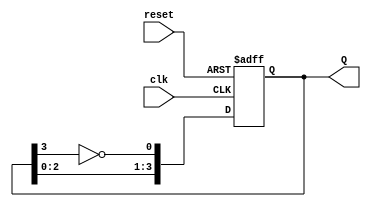
module johnson_counter(
    input wire clk,      // Clock input
    input wire reset,    // Asynchronous reset
    output reg [3:0] Q   // 4-bit output
);

    // Johnson counter logic
    always @(posedge clk or posedge reset) begin
        if (reset) begin
            Q <= 4'b0000; // Reset counter to 0000
        end else begin
            Q[0] <= ~Q[3]; // Invert the last flip-flop output for the first flip-flop input
            Q[1] <= Q[0];   // Shift the output of the first flip-flop to the second
            Q[2] <= Q[1];   // Shift the output of the second flip-flop to the third
            Q[3] <= Q[2];   // Shift the output of the third flip-flop to the fourth
        end
    end

endmodule